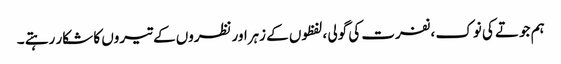
ہم جوتے کی نوک ،نفرت کی گولی ،لفظوں کے زہراورنظروں کے تیروں کا شکار رہتے ۔